system: You are a helpful assistant.
user:
Analyze the provided spectrum to determine if it is a **M-type Giant (gM)**.

A M-type Giant spectrum is defined by its **strong molecular absorption** features, particularly from **Titanium Oxide (TiO)**. You must check for one of the following mutually exclusive signatures:

- **Key Visual Indicators (Absorption-Dominated Spectrum):**

    - **(Primary):** The spectrum is dominated by strong molecular absorption from **Titanium Oxide (TiO)**. This is the **defining feature** of its M-type temperature class.
        - **(Key Bandheads):** Look for sharp, "saw-tooth" absorption valleys. The strongest are located near **~7050 Å**, **~6160 Å**, and **~5170 Å**.
        - **(Line Profile):** The "saw-tooth" morphology is critical: a **sharp, steep drop on the BLUE (short-wavelength) side** of the bandhead, followed by a gradual recovery (rising flux) towards the RED (long-wavelength) side.

    - **(Key Confirmation - Giant vs. Dwarf):** **ABSENCE** of strong **Calcium Hydride (CaH)** molecular bands. This is the primary diagnostic for *excluding* M-dwarfs.
        - **(Key Region):** The spectrum should lack the strong, broad absorption band seen in dwarfs between **~6800 Å and ~7000 Å**.

    - **(Secondary Confirmation - Giant):** A very strong and broad **Neutral Calcium (Ca I)** atomic absorption line.
        - **(Key Line):** Located at **~4226 Å**. In a giant (gM), this line is significantly deeper and broader than the same line in an M-dwarf (dM) due to low surface gravity.

    - **(Overall Spectrum):**
        - The continuum is **extremely red-sloping** (i.e., flux is very low in the blue and rises dramatically towards the red).
        - The entire spectrum appears "chopped up" by the deep TiO bands.

Think first, call **spectral_visualization_tool** if needed to examine features in detail, then provide your final answer. Your response must adhere to the following strict rules:
1.  **Overall Structure:** Your response must follow the format `<think>...</think> <tool_call>...</tool_call> (if a tool is used) <answer>...</answer>`.
2.  **Tool Usage Constraint:** You may only make **one** tool call per turn.
3.  **Final Answer Format:** In the `<answer>` tag, your conclusion must be inside a `\boxed{}` command (e.g., `\boxed{YES}` or `\boxed{NO}`), followed by your justification.

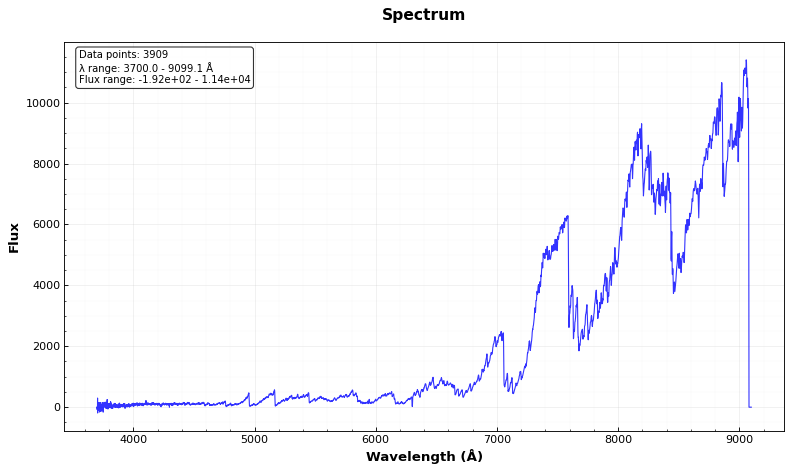
Answer: YES